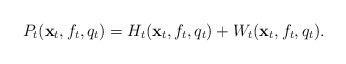
LaTeX: \begin{align*}P_t(\textbf{x}_t,f_t,q_t)=H_t(\textbf{x}_t,f_t,q_t)+W_t(\textbf{x}_t,f_t,q_t).\end{align*}